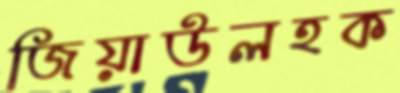
জিয়াউলহক